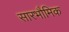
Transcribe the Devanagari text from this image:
सारभौमिक